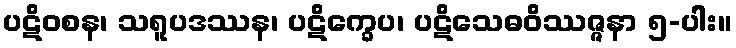
ပဋိဝစန၊ သရူပဒဿန၊ ပဋိက္ခေပ၊ ပဋိသေဓဝိဿဇ္ဇနာ ၅-ပါး။